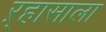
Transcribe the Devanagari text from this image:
ऱ्हासाला